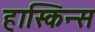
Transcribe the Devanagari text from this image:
हास्किन्स